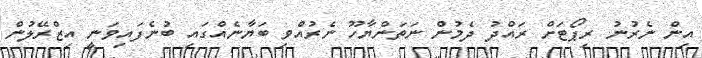
އިން ނެރުނު ރިޕޯޓަށް ރައްދު ދެމުން ނަތަންޔާހޫ ނެރުއްވި ބަޔާނެއްގައި ބުނެފައިވަނީ އިޒްރޭލުން